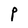
Character: P